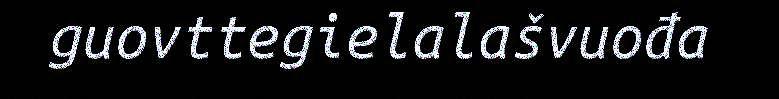
guovttegielalašvuođa